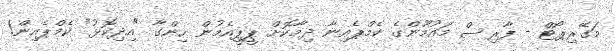
މަގޭރިޕޯޓް - ފާރިސް މައުމޫންގެ ކެމްޕެއިނާ ދިމާކޮށް ޕީޕީއެމުން ހިންގާ "އިދިކޮޅު" ކެމްޕެއިން!